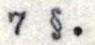
7 §.